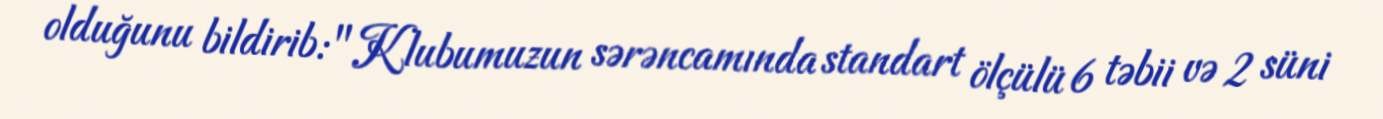
olduğunu bildirib: "Klubumuzun sərəncamında standart ölçülü 6 təbii və 2 süni